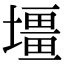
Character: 壃